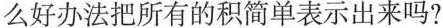
么好办法把所有的积简单表示出来吗?